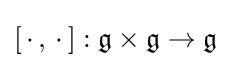
[\,\cdot \,,\,\cdot \,]:{\mathfrak {g}}\times {\mathfrak {g}}\to {\mathfrak {g}}